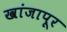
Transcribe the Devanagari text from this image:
खांजापूर